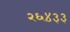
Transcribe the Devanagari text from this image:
२६४३३